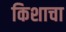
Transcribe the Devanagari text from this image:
किशाचा